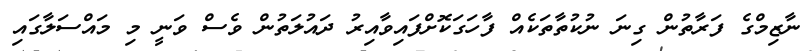
ނާޒިމްގެ ފަރާތުން ގިނަ ނުކުތާތަކެއް ފާހަގަކޮށްފައިވާއިރު ދައުލަތުން ވެސް ވަނީ މި މައްސަލާގައި